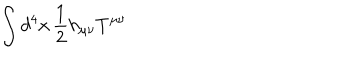
LaTeX: \int d ^ { 4 } x \, { \frac { 1 } { 2 } } h _ { \mu \nu } T ^ { \mu \nu }